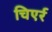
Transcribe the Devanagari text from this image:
चिएर्र